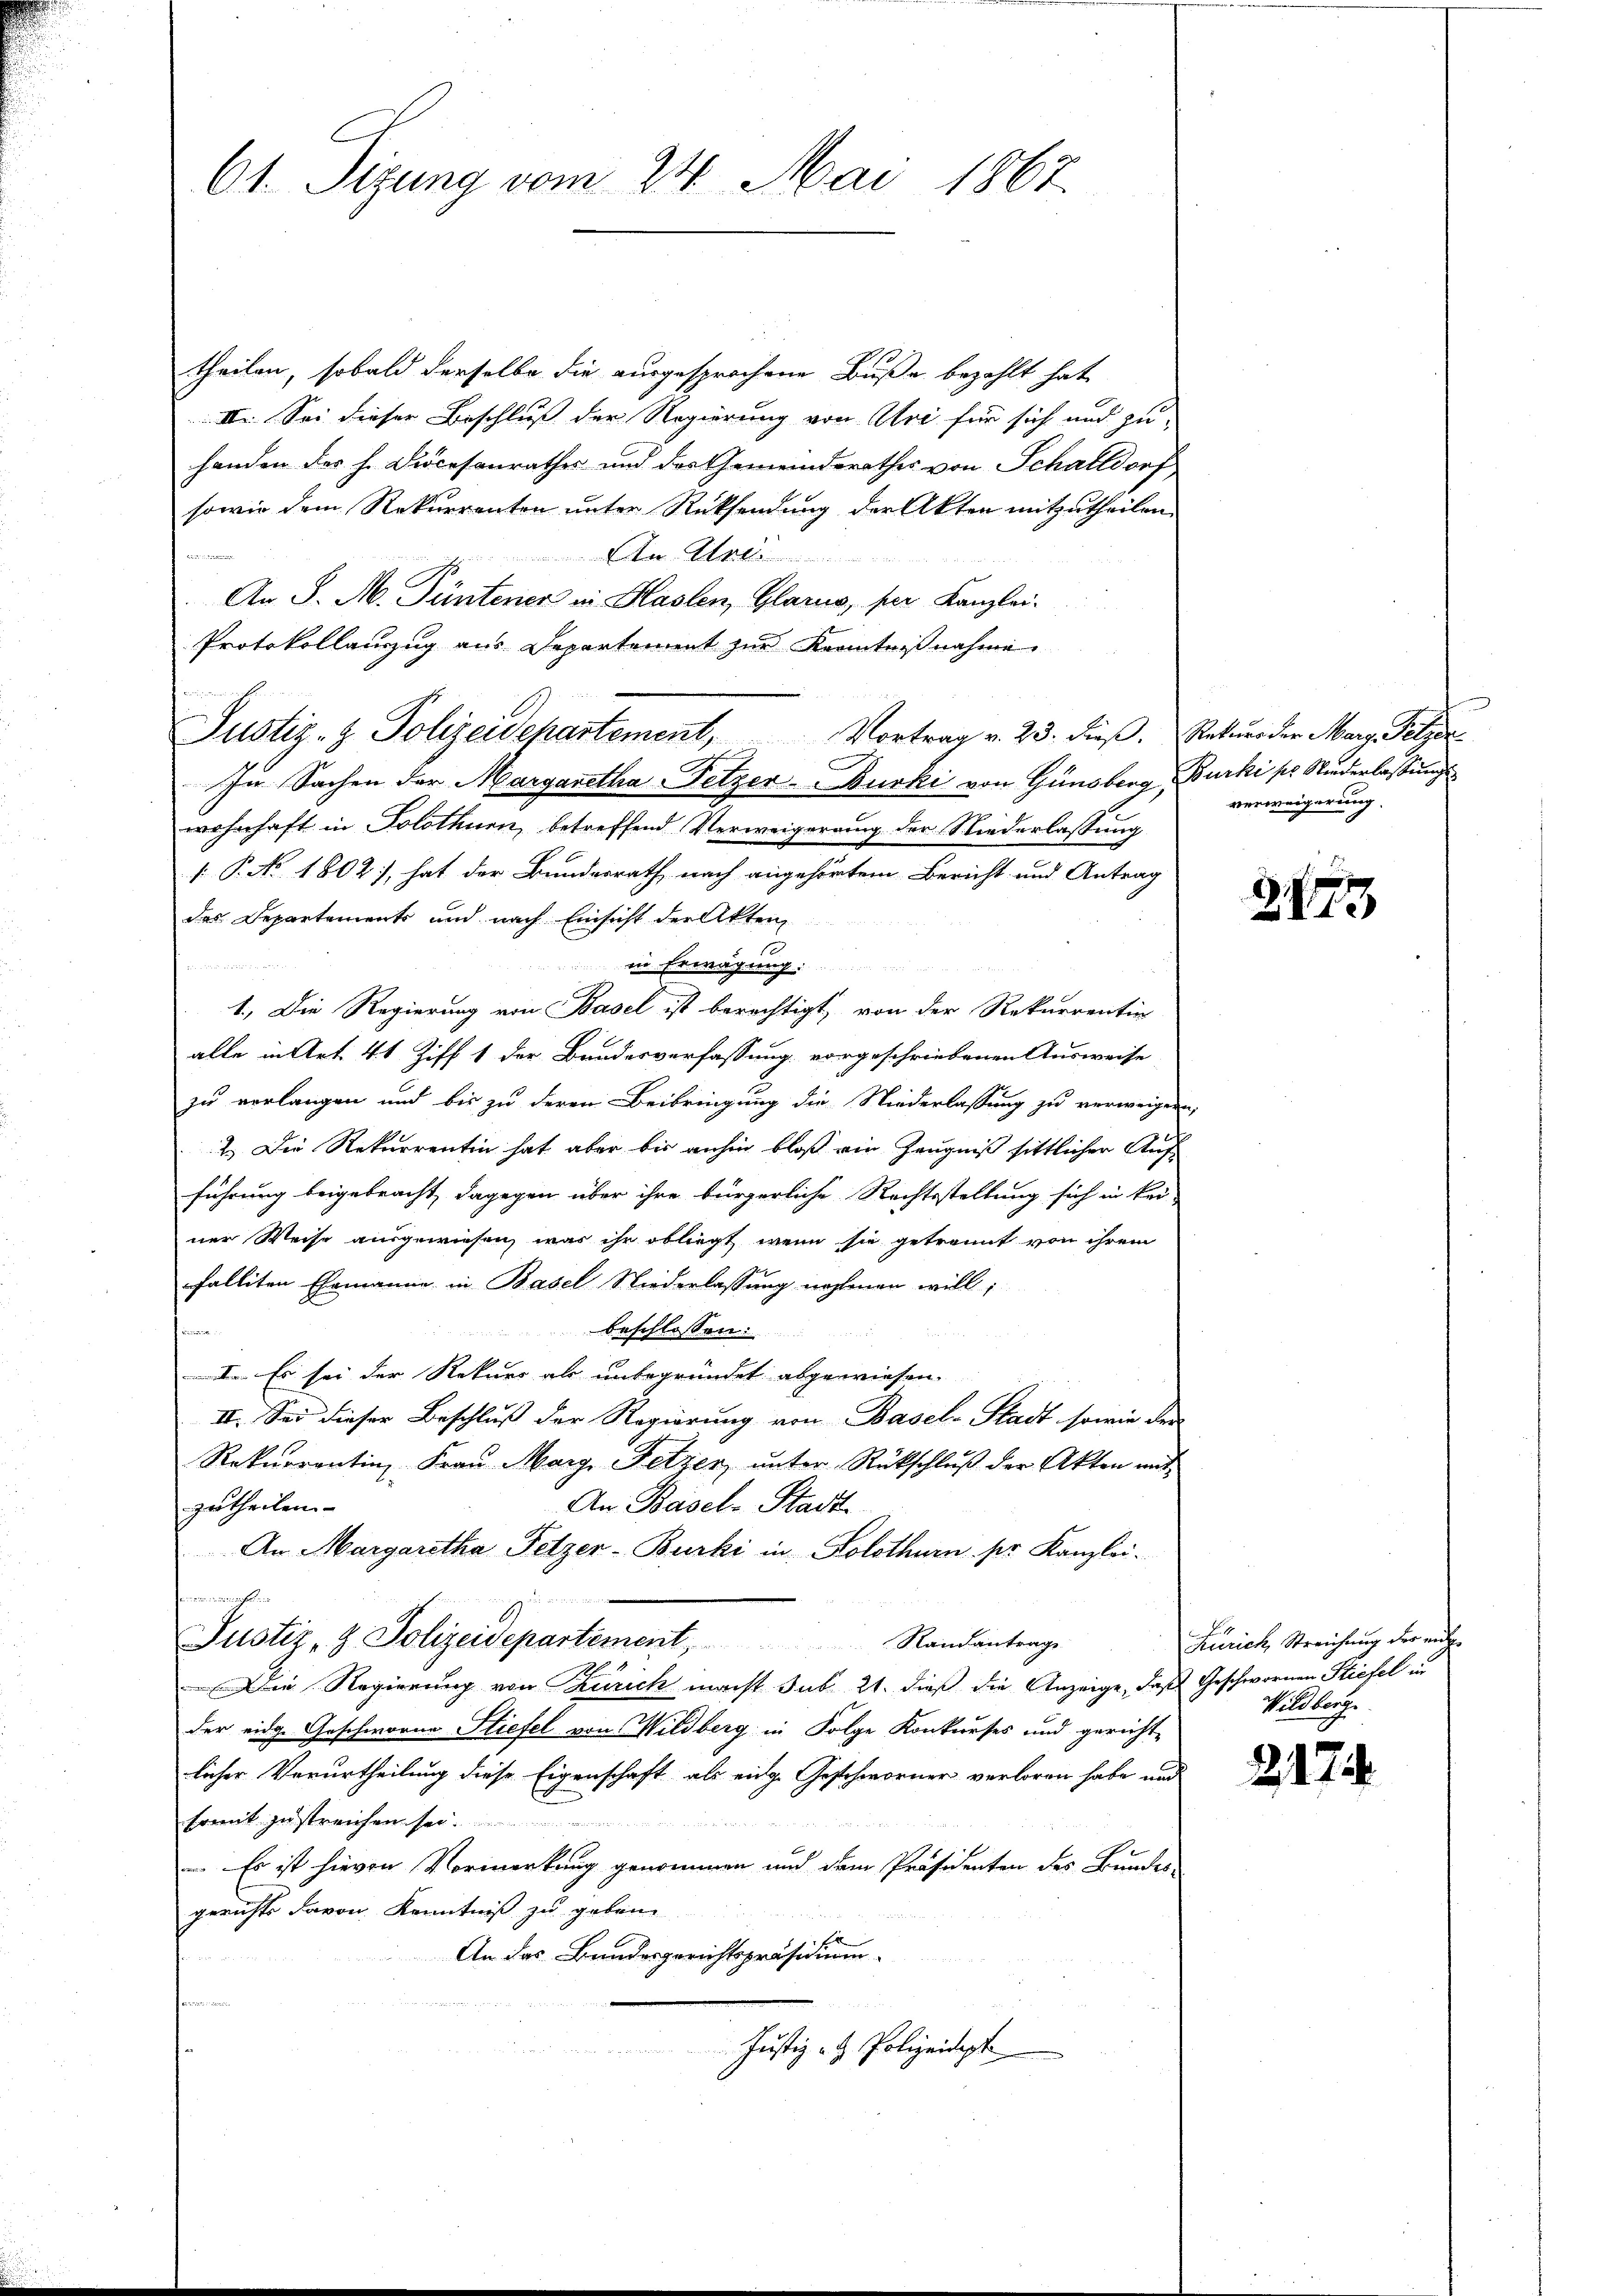
61. Sizung vom 24. Mai 1867.

theilen, sobald derselbe die ausgesprochene Buße bezahlt hat,
II. Sei dieser Beschluß der Regierung von Uri für sich und zu-
handen des h. Diocesanrathes und des Gemeinderathes von Schalldorf
sowie dem Rekurrenten unter Rücksendung der Akten mitzutheilen
A
An J. M. Püntener in Glaslen, Glarus, per Kanzlei-
Protokollanzug aus Departement zur Kenntnißnahme
Justiz- & Polizeidepartement, Vortrag v. 23. dieβ. Rekŭrs der Marg. Pelze
In Sachen der Margaretha -Petzer-Bucki von Günsberg, Burki ses Niederlassungswohnhaft in Solothurn, betreffend Verweigerung der Niederlassung
 P. No 1802), hat der Bundesrath nach angehörtem Bericht und Antrag
des Departements und nach Einsicht der Akten,
in Erwägung:
1.) Die Regierung von Basel ist berechtigt, von der Rekurrentin
alle in Art. 41 Ziff 1 der Bandesverfassung vorgeschriebenen Ausweise
zu verlangen und bis zu deren Beibringung die Niederlassung zu verweigen,
2.) Die Rekurrentin hat aber bis anhin bloß ein Zeugniß sittlicher Aufführung beigebracht, dagegen über ihre bürgerliche Rechtsstellung sich in kei-
ner Weise ausgewiesen, was ihr obliegt, wenn sie getrennt von ihrem
falliten Ehemanne in Basel Niederlassung nehmen will;
beschlossen:
vie d
Dr. Es sei der Rekurs als unbegründet abgewiesen.
II. Sei dieser Beschluß der Regierung von Basel-Stadt, sowie der
Rekŭrrentin Fraŭ Marg, Fetzer, ŭnter Rückschlŭβ der Akten mit
zutheilen.
An Basel-Stadt
An Margaretha Pelzer-Burki in Kolothurn, ser Kanzlei-
u in ein seitigenhei
Justiz- & Polizeidepartement, Randantrage
Die Regierung von Zürich macht sub 21. dieß die Anzeige, daß Geschwornen Stiefel un
der eidg. Geschworne Stiefel von Wildberg in Folge Konkurses und gerichtlicher Verurtheilung diese Eigenschaft als eige Geschworner verloren habe und
somit zu streichen sei.
 Es ist hievon Vormerkung genommen und dem Präsidenten des Bundes-
gerichts davon Kenntniß zu geben
An das Bundesgerichtspräsidium
Justiz- & Polizeidept

verweigerung.

2177

Zürich Streichung der mit
Wildberg

217.